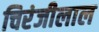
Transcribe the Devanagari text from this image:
चिरंजीलाल